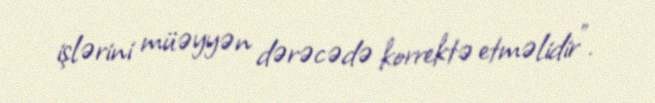
işlərini müəyyən dərəcədə korrektə etməlidir”.